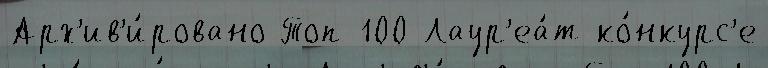
Арх'ив'и́ровано Топ-100 Лаур'еа́т ко́нкурс'е